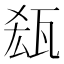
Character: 𱰉